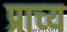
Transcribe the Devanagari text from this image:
प्राच्‍य